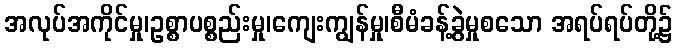
အလုပ်အကိုင်မှု၊ဥစ္စာပစ္စည်းမှု၊ကျေးကျွန်မှု၊စီမံခန့်ခွဲမှုစသော အရပ်ရပ်တို့၌